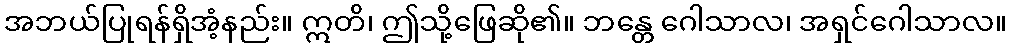
အဘယ်ပြုရန်ရှိအံ့နည်း။ ဣတိ၊ ဤသို့ဖြေဆို၏။ ဘန္တေ ဂေါသာလ၊ အရှင်ဂေါသာလ။